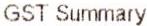
GST SUMMARY